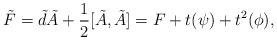
LaTeX: \begin{align*}\tilde{F} = \tilde{d}\tilde{A} + \frac{1}{2}[\tilde{A},\tilde{A}] = F + t(\psi) + t^{2}(\phi), \end{align*}